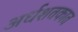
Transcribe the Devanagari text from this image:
अर्धशतकात